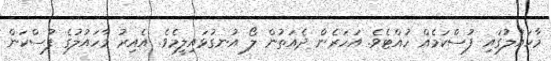
މާހައުލުގައި ފުސްކަމެއް ހުއްޓެވެ. އަހަރެން ދެއަތުން ލޯ އުނގުޅައިލީމެވެ. އެއިރު މާހައުލުގެ ފުސްކަން